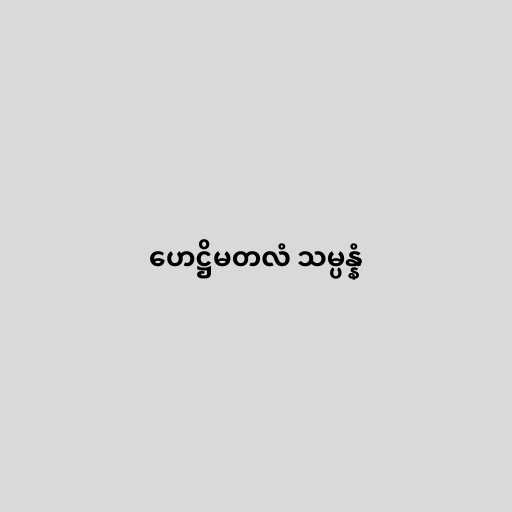
ဟေဋ္ဌိမတလံ သမ္ပန္နံ